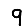
Digit: 9